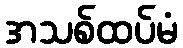
အသစ်ထပ်မံ